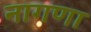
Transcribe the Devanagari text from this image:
नागणा